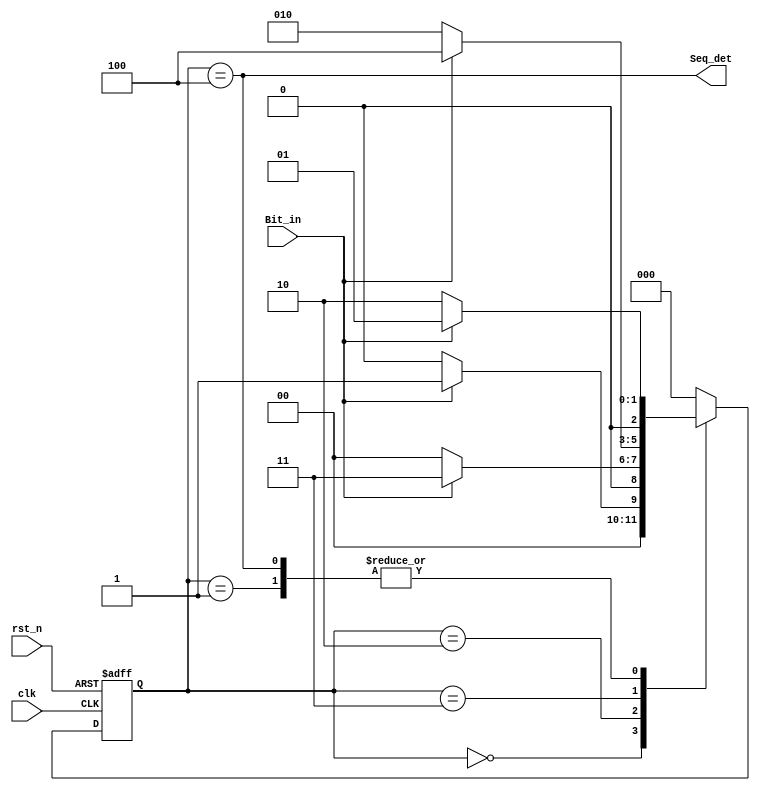
module Fsm(
 input clk,
 input rst_n,
 input Bit_in,
 output Seq_det
);
 
 localparam S0 = 0, //
    S1 = 1, //1
    S10 = 2, //10
    S101 = 3, //101
    S1011 = 4; //1011 

 reg [2:0] Current_state, Next_state;

 always@(posedge clk or negedge rst_n)
 begin : next_state_logic
   if(!rst_n) Current_state = S0;
   else Current_state = Next_state;
 end

 // Next state logic
 always@(Current_state,Bit_in)
 begin
  case(Current_state)
  S0: begin
    if(Bit_in==1'b1) Next_state = S1;
    else Next_state = S0;
    end
  S1: begin
    if(Bit_in==1'b0) Next_state = S10;
    else Next_state = S1;
    end
  S10: begin
    if(Bit_in==1'b1) Next_state = S101;
    else Next_state = S0;
    end
  S101: begin
    if(Bit_in==1'b1) Next_state = S1011;
    else Next_state = S10;
    end
  S1011: begin
    if(Bit_in==1'b1) Next_state = S1;
    else Next_state = S10;
    end
  default: Next_state = S0;
  endcase
 end     

 // Output logic
 assign Seq_det = (Current_state==S1011);

endmodule